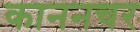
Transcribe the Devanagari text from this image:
काननचर